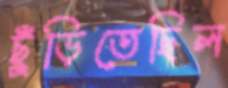
ছুঁড়িতেছিল